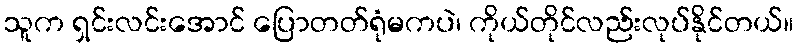
သူက ရှင်းလင်းအောင် ပြောတတ်ရုံမကပဲ၊ ကိုယ်တိုင်လည်းလုပ်နိုင်တယ်။